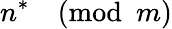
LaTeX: n^{*}{\pmod{m}}